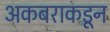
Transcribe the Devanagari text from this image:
अकबराकडून